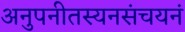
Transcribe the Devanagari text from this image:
अनुपनीतस्यनसंचयनं